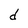
Character: d